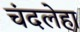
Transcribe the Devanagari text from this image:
चंदलेहा